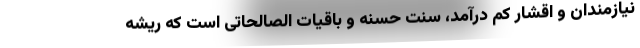
نیازمندان و اقشار کم درآمد، سنّت حسنه و باقیات الصالحاتی است که ریشه